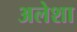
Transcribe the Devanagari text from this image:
अलेशा